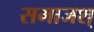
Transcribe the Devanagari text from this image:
समाजश्